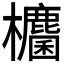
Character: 𭭀